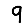
Digit: 9